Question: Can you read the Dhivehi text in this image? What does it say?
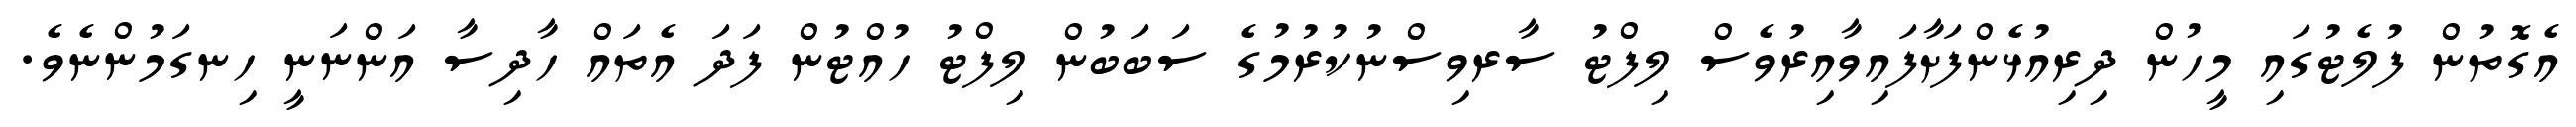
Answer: އެގޮތުން ފުލެޓުގައި މީހުން ދިރިއުޅެންފަށާފައިވާއިރުވެސް ލިފްޓު ސާރވިސްނުކުރުމުގެ ސަބަބުން ލިފްޓު ހުއްޓުން ފަދަ އެތައް ހާދިސާ އަންނަނީ ހިނގަމުންނެވެ.